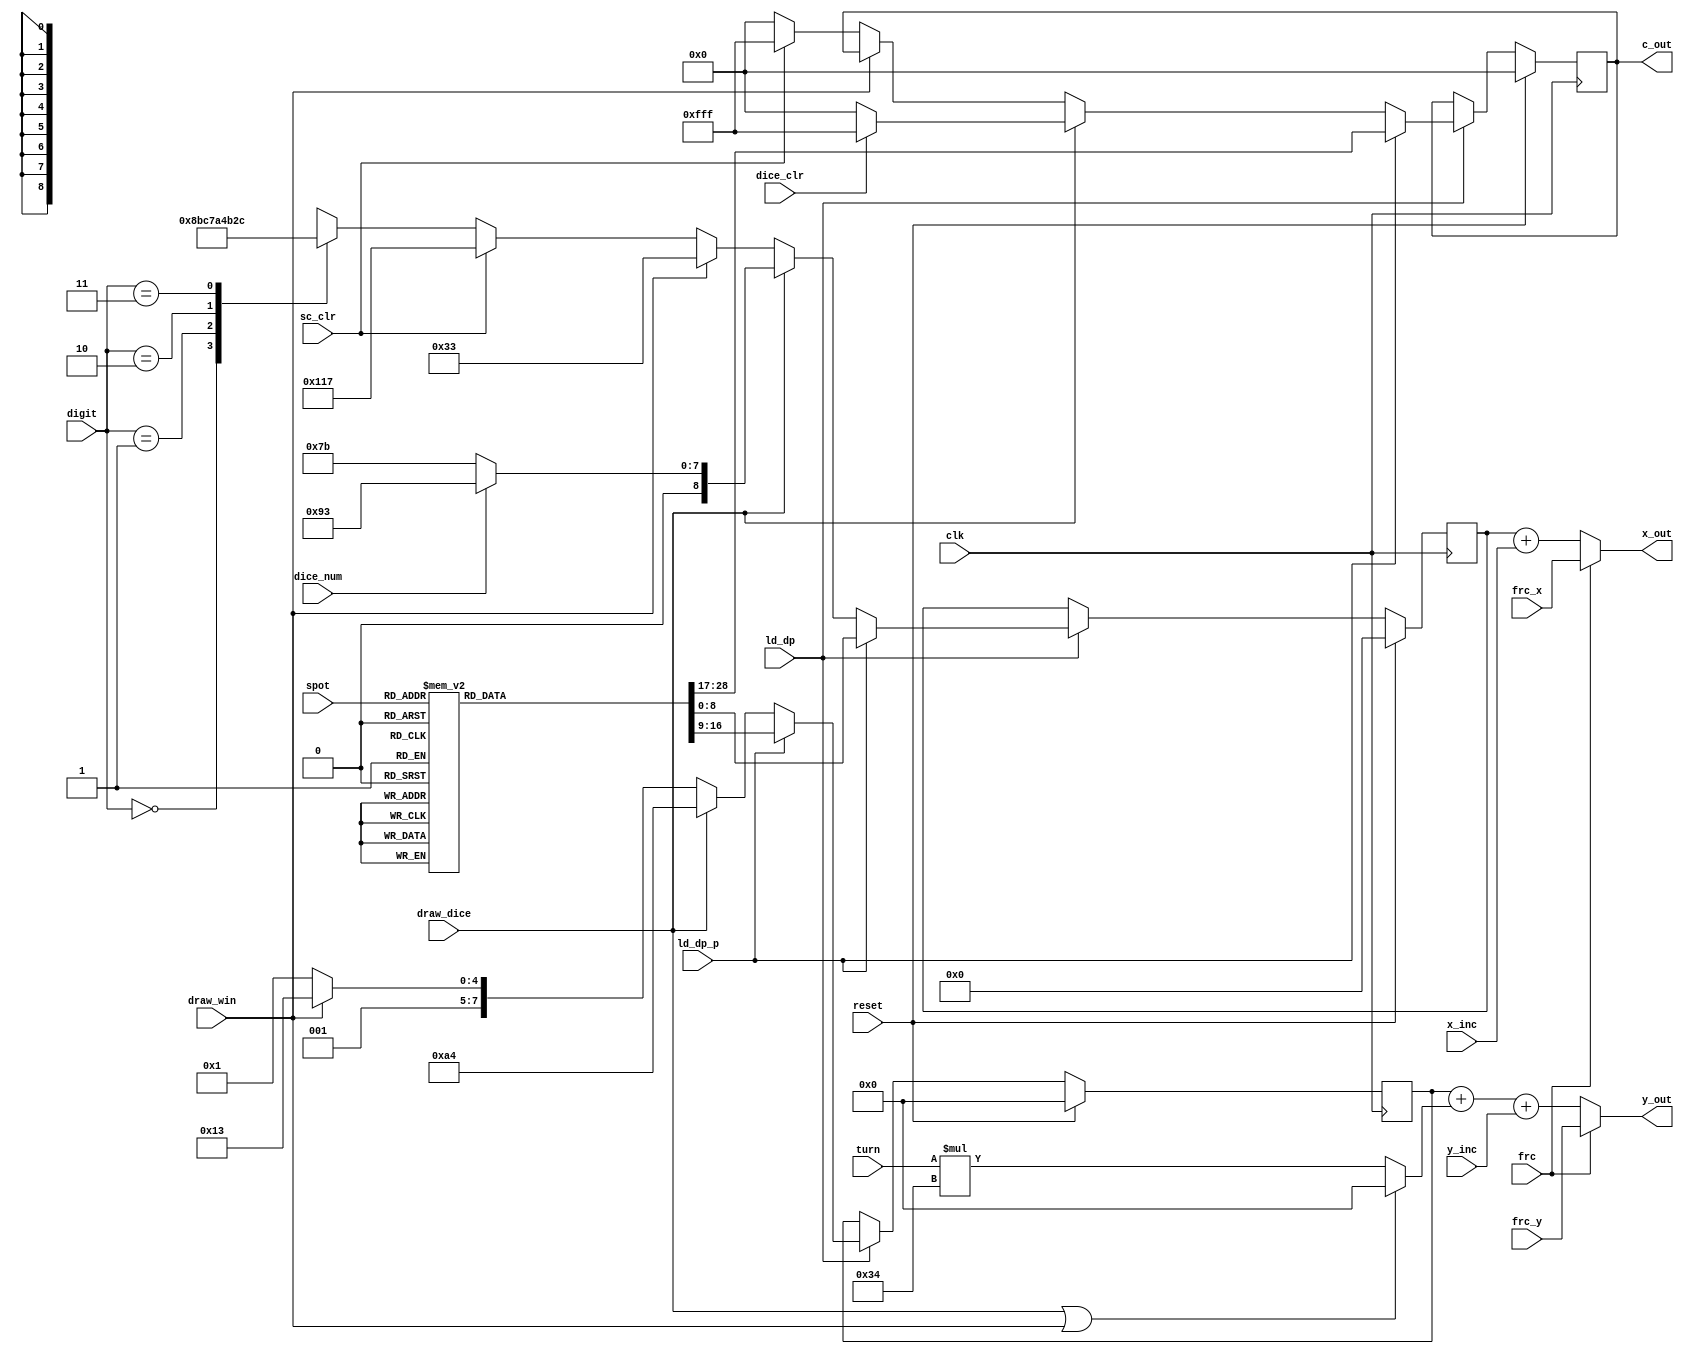

module Datapath (clk, reset, turn, spot, ld_dp, x_inc, y_inc,
						x_out, y_out, c_out, draw_win,
						frc, frc_x, frc_y,
						draw_dice, dice_clr, dice_num,
						digit, ld_dp_p, sc_clr);
	input clk, reset, ld_dp, ld_dp_p, sc_clr;
	input draw_dice, dice_clr, dice_num;
	input frc, draw_win;
	input [8:0] frc_x;
	input [7:0] frc_y;
	input [1:0] digit;
	input [2:0] turn;
	input [4:0] spot;
	input [7:0] x_inc, y_inc;
	
	output [8:0] x_out;
	output [7:0] y_out;
	output [11:0] c_out;
	
	reg [8:0] x;
	reg [7:0] y;
	reg [11:0] c;
	
	always @(posedge clk)
	begin
		if (reset) begin
			x <= 0;
			y <= 0;
			c <= 0;
		end else if (ld_dp) begin
			if (ld_dp_p) begin
				case (spot)
					5'd1: begin
						x <= 9'd259;
						y <= 8'd47;
						c <= { 4'b0, 4'b1111, 4'b0 };
					end
					5'd3: begin
						x <= 9'd267;
						y <= 8'd47;
						c <= { 4'b0, 4'b1111, 4'b0 };
					end
					5'd5: begin
						x <= 9'd285;
						y <= 8'd47;
						c <= { 4'b0, 4'b1111, 4'b0 };
					end
					5'd6: begin
						x <= 9'd292;
						y <= 8'd47;
						c <= { 4'b0, 4'b1111, 4'b0 };
					end
					5'd7: begin
						x <= 9'd299;
						y <= 8'd47;
						c <= { 4'b0, 4'b1111, 4'b0 };
					end
					5'd9: begin
						x <= 9'd256;
						y <= 8'd54;
						c <= { 4'b0, 4'b1111, 4'b0 };
					end
					5'd10: begin
						x <= 9'd263;
						y <= 8'd54;
						c <= { 4'b0, 4'b1111, 4'b0 };
					end
					5'd11: begin
						x <= 9'd270;
						y <= 8'd54;
						c <= { 4'b0, 4'b1111, 4'b0 };
					end
					5'd13: begin
						x <= 9'd285;
						y <= 8'd54;
						c <= { 4'b0, 4'b1111, 4'b0 };
					end
					5'd14: begin
						x <= 9'd292;
						y <= 8'd54;
						c <= { 4'b0, 4'b1111, 4'b0 };
					end
					5'd15: begin
						x <= 9'd299;
						y <= 8'd54;
						c <= { 4'b0, 4'b1111, 4'b0 };
					end
					5'd16: begin // ESIP
						x <= 9'd263;
						y <= 8'd75;
						c <= { 4'b0, 4'b1111, 4'b0 };
					end
					5'd17: begin
						x <= 9'd256;
						y <= 8'd61;
						c <= { 4'b0, 4'b1111, 4'b0 };
					end
					5'd18: begin
						x <= 9'd263;
						y <= 8'd61;
						c <= { 4'b0, 4'b1111, 4'b0 };
					end
					5'd19: begin
						x <= 9'd270;
						y <= 8'd61;
						c <= { 4'b0, 4'b1111, 4'b0 };
					end
					5'd21: begin
						x <= 9'd285;
						y <= 8'd61;
						c <= { 4'b0, 4'b1111, 4'b0 };
					end
					5'd22: begin
						x <= 9'd292;
						y <= 8'd61;
						c <= { 4'b0, 4'b1111, 4'b0 };
					end
					5'd23: begin
						x <= 9'd299;
						y <= 8'd61;
						c <= { 4'b0, 4'b1111, 4'b0 };
					end
					5'd24: begin // PEY
						x <= 9'd292;
						y <= 8'd75;
						c <= { 4'b0, 4'b1111, 4'b0 };
					end
					5'd25: begin
						x <= 9'd256;
						y <= 8'd68;
						c <= { 4'b0, 4'b1111, 4'b0 };
					end
					5'd26: begin
						x <= 9'd263;
						y <= 8'd68;
						c <= { 4'b0, 4'b1111, 4'b0 };
					end
					5'd27: begin
						x <= 9'd270;
						y <= 8'd68;
						c <= { 4'b0, 4'b1111, 4'b0 };
					end
					5'd29: begin
						x <= 9'd288;
						y <= 8'd68;
						c <= { 4'b0, 4'b1111, 4'b0 };
					end
					5'd31: begin
						x <= 9'd296;
						y <= 8'd68;
						c <= { 4'b0, 4'b1111, 4'b0 };
					end
					default: begin
						x <= 9'b0;
						y <= 8'b0;
						c <= 12'b0;
					end
				endcase
			end else if (draw_dice) begin
				y <= 8'd164;
				if (dice_num == 0)
					x <= 9'd123;//x <= 9'd99;
				else
					x <= 9'd147;//x <= 9'd123;
				if (dice_clr)
					c <= ~(12'b0);
				else
					c <= 12'b0;
			end else if (draw_win) begin
				x <= 51;
				y <= 51;
			end else if (sc_clr) begin
				x <= 9'd279;
				y <= 8'd33;
				c <= ~(12'b0);
			end else begin
				y <= 8'd33;
				c <= 12'b0;
				case (digit)
					2'b00: x <= 9'd279;
					2'b01: x <= 9'd286;
					2'b10: x <= 9'd293;
					2'b11: x <= 9'd300;
				endcase
			end
			
		end
	end
	
	wire [7:0] y_offset = (draw_dice || draw_win) ? 0 :  turn * 6'd52;
	
	assign x_out = frc ? frc_x : (x + x_inc);
	assign y_out = frc ? frc_y : (y + y_offset + y_inc);
	assign c_out = c;

endmodule